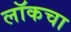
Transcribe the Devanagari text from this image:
लॉकचा